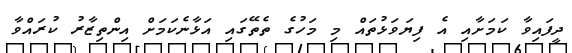
ދީފައިވާ ކަމަށާއި އެ ފިޔަވަޅުތައް މި މަހުގެ ތެތޭގައި އަޅާނެކަމަށް އިންތިޒާރު ކުރައްވާ